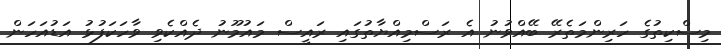
މިސްކިތުގެ ހަރިންމަތެރޭ ބޭއްވުނު އެ ރަސްމިއްޔާތުގައި ރައީސް މައުމޫނު ދެއްކެވި ވާހަކަފުޅު އަޑުއަހަން